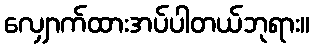
လျှောက်ထားအပ်ပါတယ်ဘုရား။